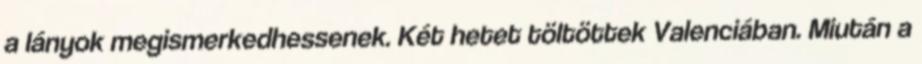
a lányok megismerkedhessenek. Két hetet töltöttek Valenciában. Miután a